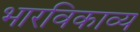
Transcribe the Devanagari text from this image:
भारविकाव्य